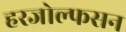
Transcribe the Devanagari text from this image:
हरजोल्फसन